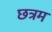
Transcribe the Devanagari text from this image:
छत्रम